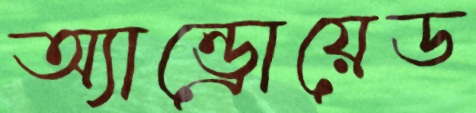
অ্যান্ড্রোয়েড